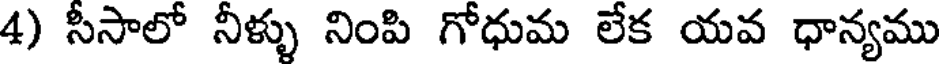
4) సీసాలో నీళ్ళు నింపి గోధుమ లేక యవ ధాన్యము